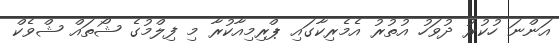
އަންނަ ހުކުރު ދުވަހު އުތުރު އެމެރިކާގައި ޕްރިމިއާކުރާ މި ފިލްމުގެ ޝޯތައް ޝްވެކް